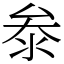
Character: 𭆞